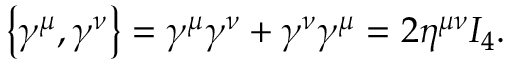
\left\{ \gamma ^ { \mu } , \gamma ^ { \nu } \right\} = \gamma ^ { \mu } \gamma ^ { \nu } + \gamma ^ { \nu } \gamma ^ { \mu } = 2 \eta ^ { \mu \nu } I _ { 4 } .